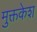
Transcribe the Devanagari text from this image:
मुक्तकेश